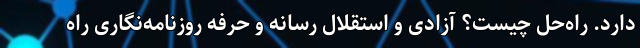
دارد. راه‌حل چیست؟ آزادی و استقلال رسانه و حرفه روزنامه‌نگاری راه